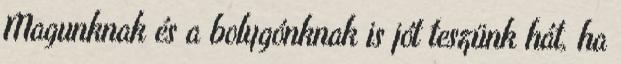
Magunknak és a bolygónknak is jót teszünk hát, ha